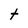
Character: t